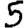
Digit: 5